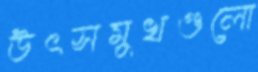
উৎসমুখগুলো